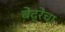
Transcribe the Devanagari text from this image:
बेंद्रेंचा